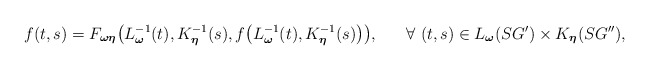
\begin{align*}\begin{aligned} f(t,s)= F_{\boldsymbol{\omega}\boldsymbol{\eta}}\big(L^{-1}_{\boldsymbol{\omega}}(t),K^{-1}_{\boldsymbol{\eta}}(s),f\big(L^{-1}_{\boldsymbol{\omega}}(t),K^{-1}_{\boldsymbol{\eta}}(s)\big)\big), ~~~~~\forall~ (t,s) \in L_{\boldsymbol{\omega}}(SG') \times K_{\boldsymbol{\eta}}(SG''), \end{aligned}\end{align*}